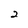
Character: 2